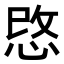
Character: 𢚓